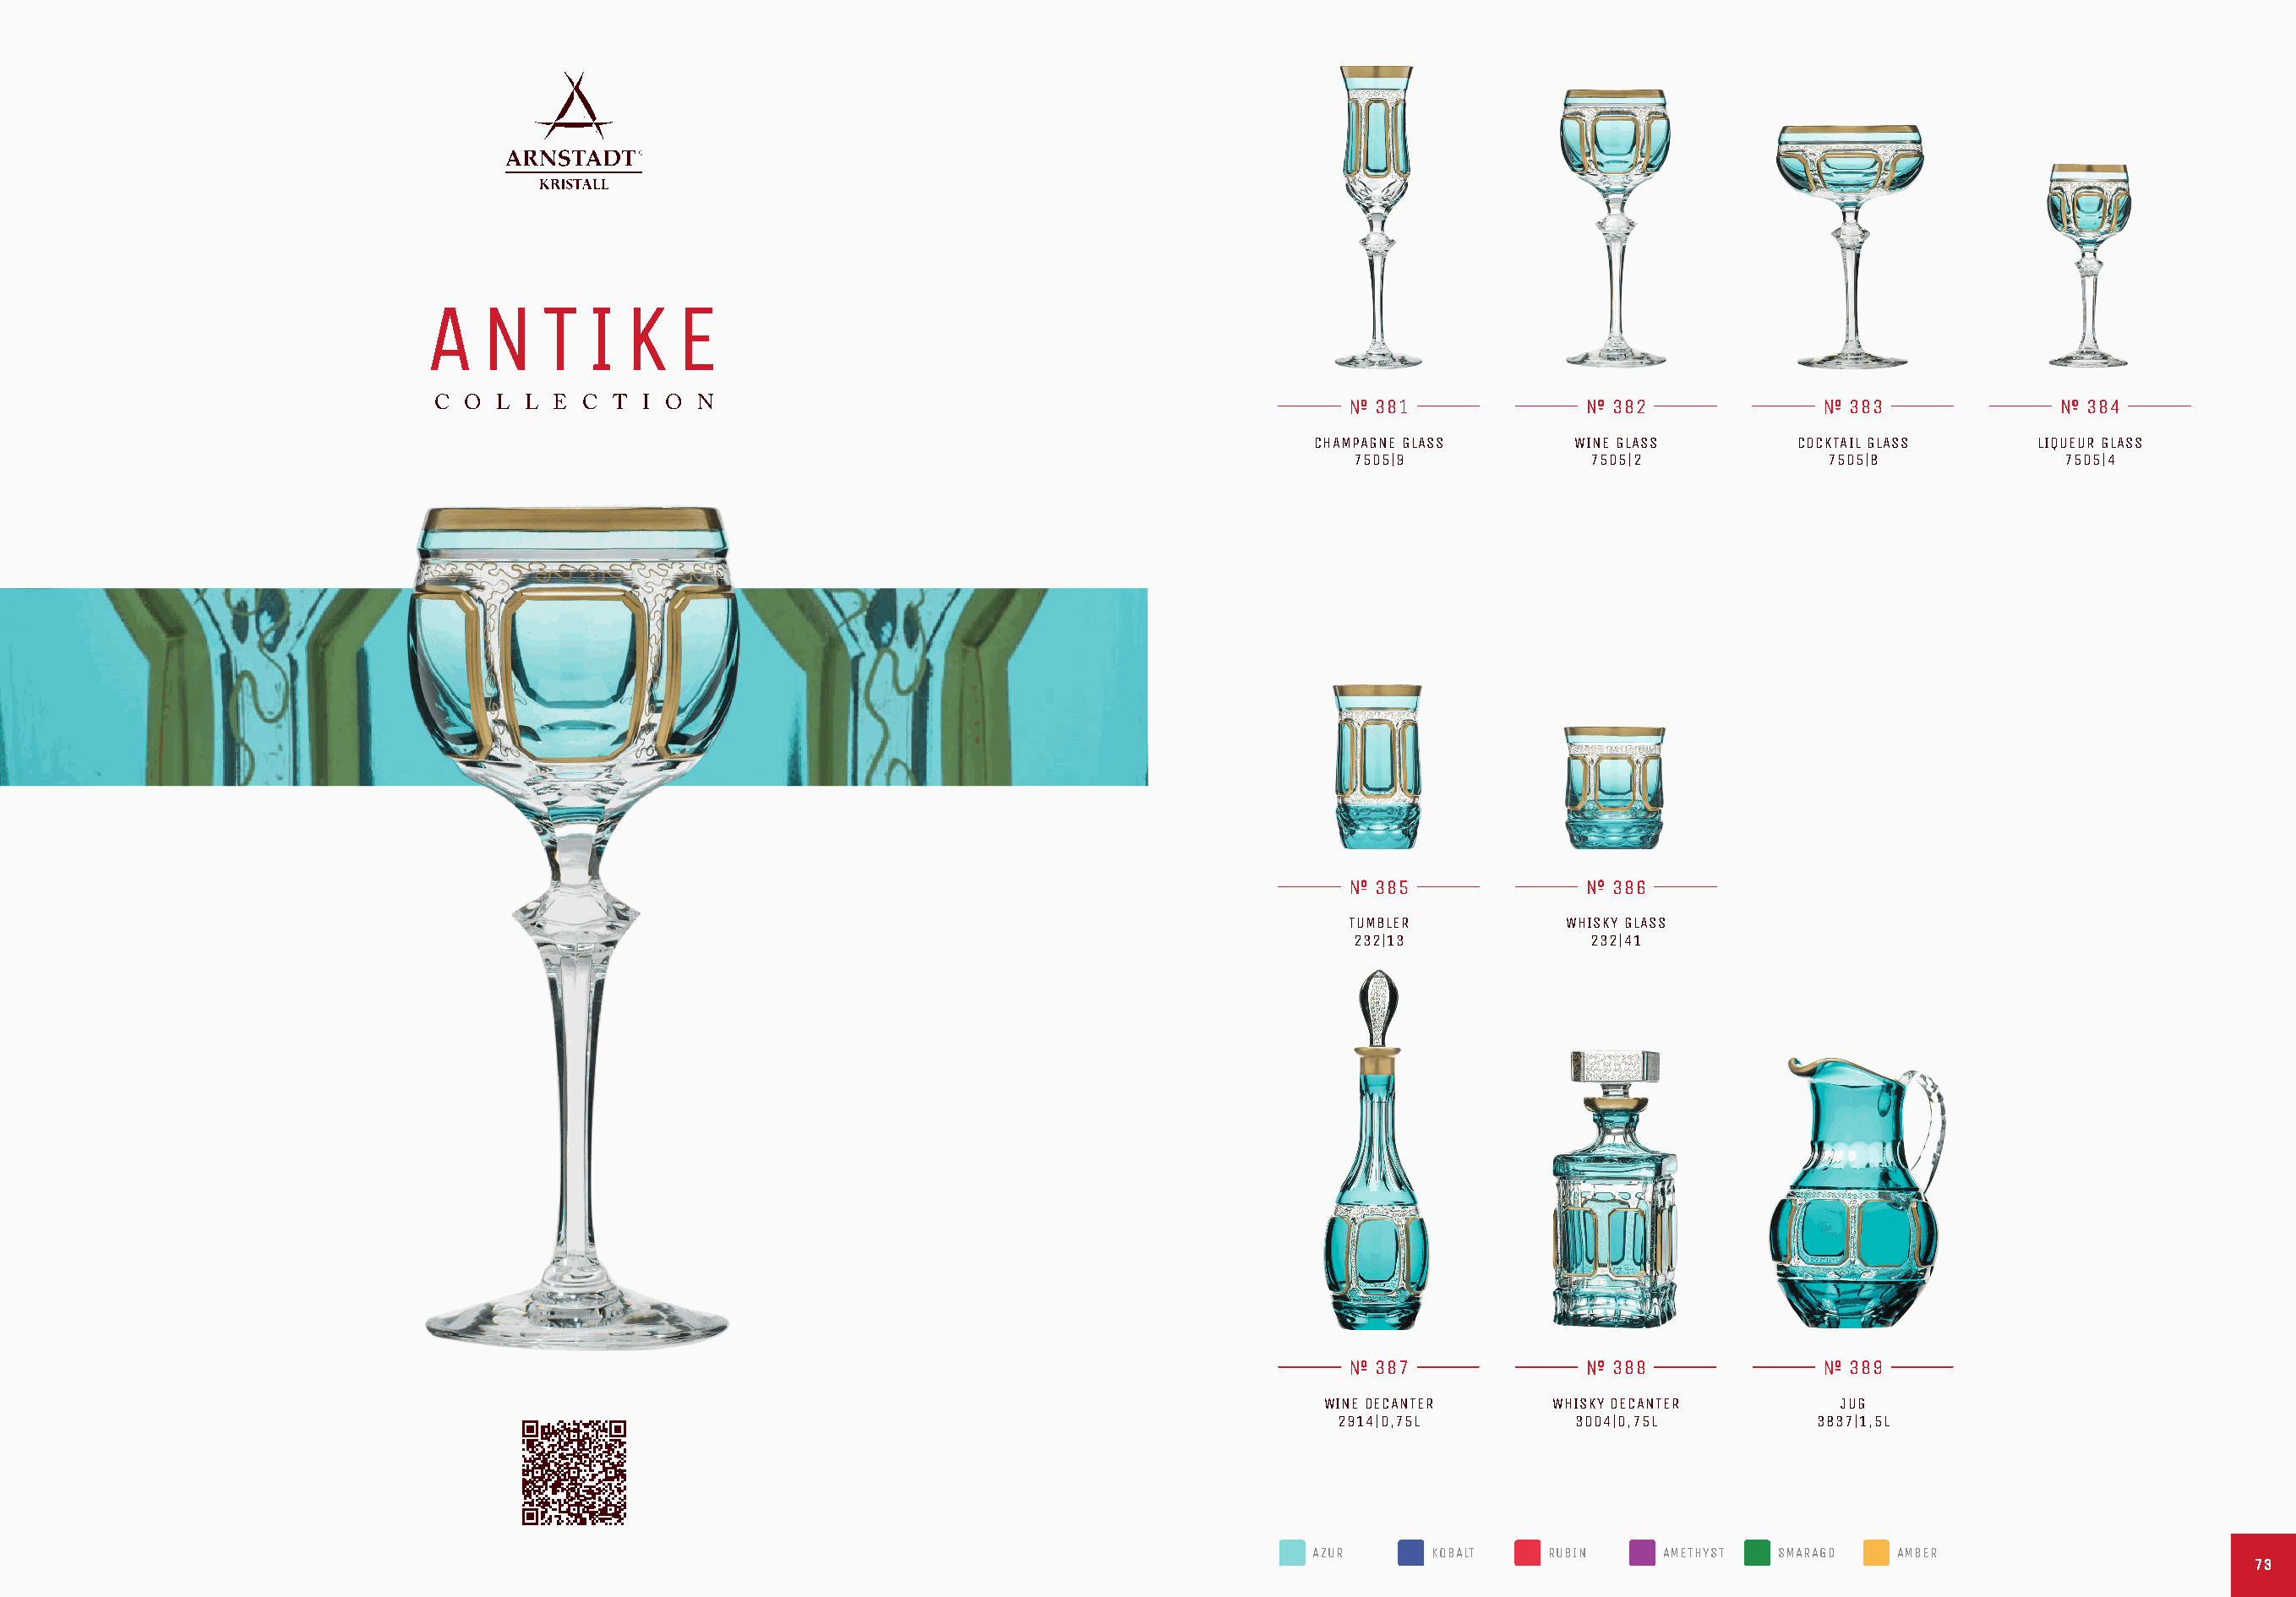
A    N   T   I  K   E
 C O  L L E  C T I O  N                                                    381               382                383               384
 CHAMPAGNE GLASS     WINE GLASS        COCKTAIL GLASS     LIQUEUR GLASS
 7505|9             7505|2            7505|8             7505|4
 385               386
 TUMBLER          WHISKY GLASS
 232|13             232|41
 387               388                389
 WINE DECANTER     WHISKY DECANTER       JUG
 2914|0,75L        3004|0,75L         3837|1,5L
 AZUR     KOBALT   RUBIN    AMETHYST SMARAGD   AMBER
 7733